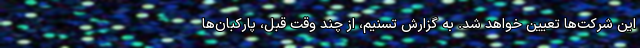
این شرکت‌ها تعیین خواهد شد. به گزارش تسنیم، از چند وقت قبل، پارکبان‌ها